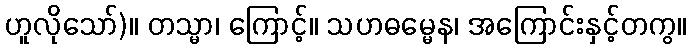
ဟူလိုသော်)။ တသ္မာ၊ ကြောင့်။ သဟဓမ္မေန၊ အကြောင်းနှင့်တကွ။